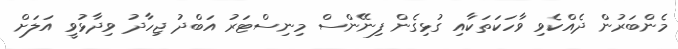
މެންބަރުން ދެއްކެވި ވާހަކަތަކާއި ގުޅިގެން ފިނޭންސް މިނިސްޓަރު އަބްދު ޖިހާދު ވިދާޅުވީ އަލަށް